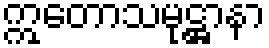
ဣတောသမုဋ္ဌာနာ